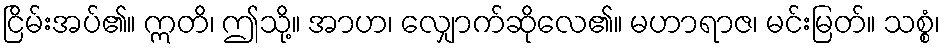
ငြိမ်းအပ်၏။ ဣတိ၊ ဤသို့။ အာဟ၊ လျှောက်ဆိုလေ၏။ မဟာရာဇ၊ မင်းမြတ်။ သစ္စံ၊